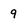
Character: 9